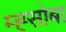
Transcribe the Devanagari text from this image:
म्ह्सोबा